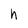
Character: h